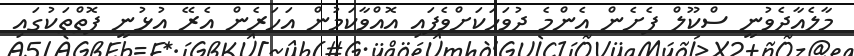
މާލެއާދެވުނީ ސްކޫލް ފެށެން އެންމެ ދުވަހަކަށްވެފައި އޮއްވާކަމުން އަހަރެން އެރޭ އުޅުނީ ފޮތްތަކުގައި